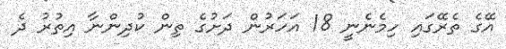
އޭގެ ތެރޭގައި ހިމެނެނީ 18 އަހަރުން ދަށުގެ ތިން ކުދިންނާ އިތުރު ދެ